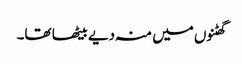
گھٹنوں میں منہ دیے بیٹھا تھا۔